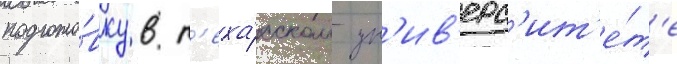
подгото́вку в т'еха́сском ун'ив'ерс'ит'е́т'е